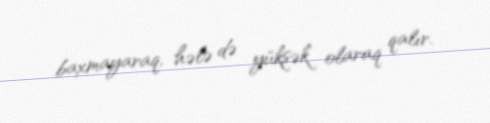
baxmayaraq, hələ də yüksək olaraq qalır.